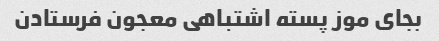
بجای موز پسته اشتباهی معجون فرستادن